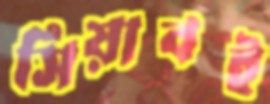
সিয়াবই